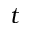
t